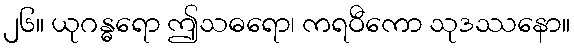
၂၆။ ယုဂန္ဓရော ဤသဓရော၊ ကရဝီကော သုဒဿနော။